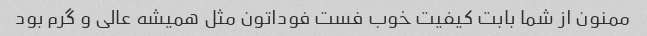
ممنون از شما بابت کیفیت خوب فست فوداتون مثل همیشه عالی و گرم بود